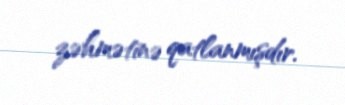
zəhmətinə qatlanmışdır.